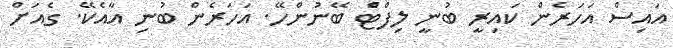
އައިސް އަހަރެން ކައިރީ ބުނީ ލިފްޓެްް ބޭނުންހޭ. އަހަރެން ބުނި އާއެކޭ. ގެއަށް